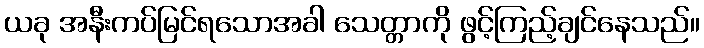
ယခု အနီးကပ်မြင်ရသောအခါ သေတ္တာကို ဖွင့်ကြည့်ချင်နေသည်။